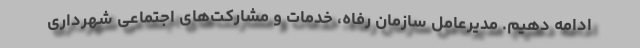
ادامه دهیم. مدیرعامل سازمان رفاه، خدمات و مشارکت‌های اجتماعی شهرداری